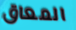
المعاق